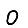
Digit: 0